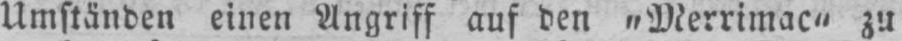
Umständen einen Angriff auf den „Merrimac“ zu